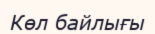
Көл байлығы